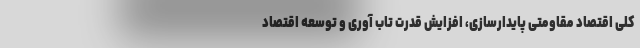
کلی اقتصاد مقاومتی پایدارسازی، افزایش قدرت تاب آوری و توسعه اقتصاد